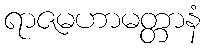
ရာဇမဟာမတ္တာနံ